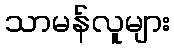
သာမန်လူများ